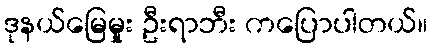
ဒုနယ်မြေမှုုး ဦးရာဘီး ကပြောပါတယ်။